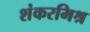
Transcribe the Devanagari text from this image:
शंकरमिश्र